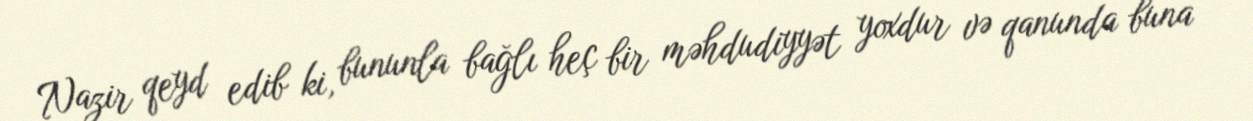
Nazir qeyd edib ki, bununla bağlı heç bir məhdudiyyət yoxdur və qanunda buna